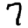
Digit: 7